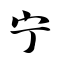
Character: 宁